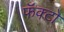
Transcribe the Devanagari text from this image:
फॅक्टो